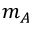
m _ { A }